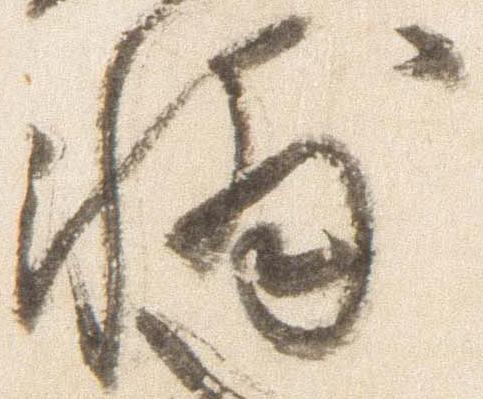
輔